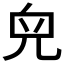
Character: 𠒇